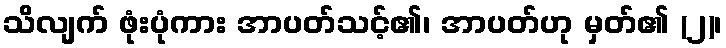
သိလျက် ဖုံးပုံကား အာပတ်သင့်၏၊ အာပတ်ဟု မှတ်၏ (၂)၊